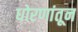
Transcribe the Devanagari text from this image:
धोरणांतून